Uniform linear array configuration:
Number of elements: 4
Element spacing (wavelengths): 1
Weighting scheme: exponential
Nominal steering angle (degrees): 0
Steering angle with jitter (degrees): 0.1508
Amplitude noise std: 0.05
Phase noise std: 0.05

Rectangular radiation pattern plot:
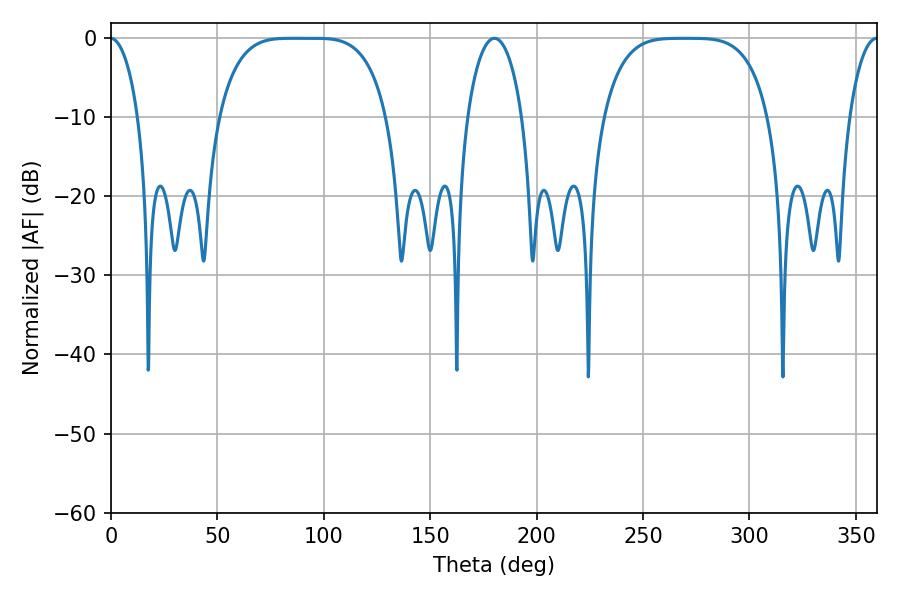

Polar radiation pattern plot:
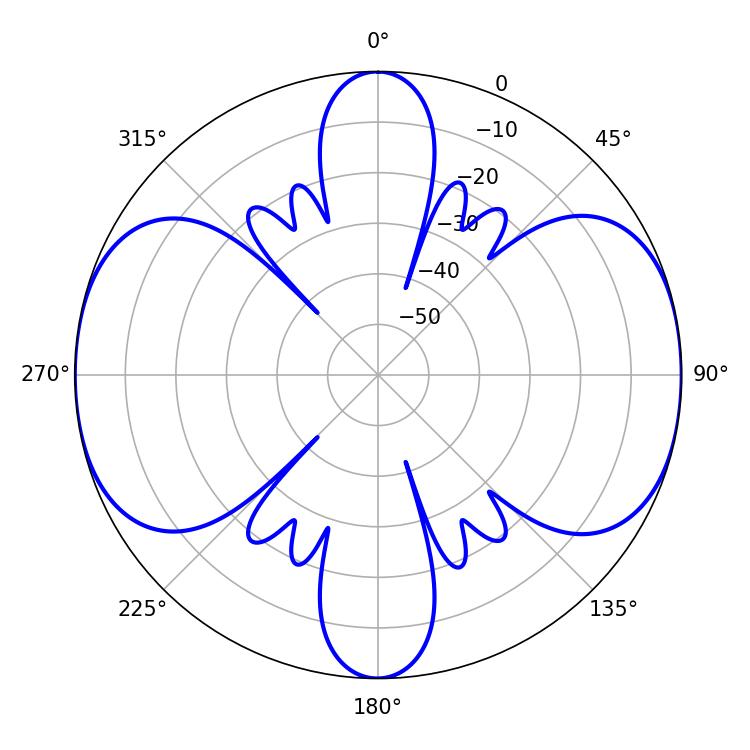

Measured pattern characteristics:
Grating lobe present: TRUE
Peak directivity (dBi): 18.735
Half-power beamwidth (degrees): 59.4
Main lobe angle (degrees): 85.32